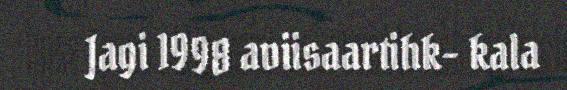
Jagi 1998 aviisaartihk- kala